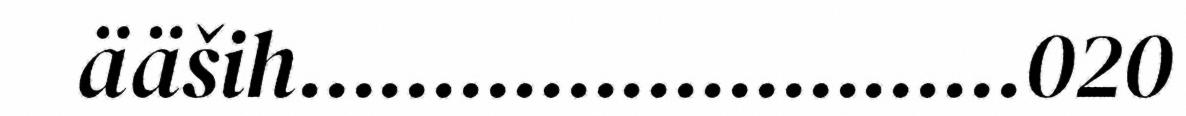
ääših...........................020